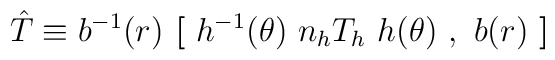
\hat{T} \equiv b^{-1}(r) \ {\hbox{\bf [} \ h^{-1 } (\theta)\ n_h T_h\ h  (\theta)\ ,\ b(r)\ \hbox{\bf ]} }